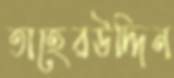
তাহেরউদ্দিন